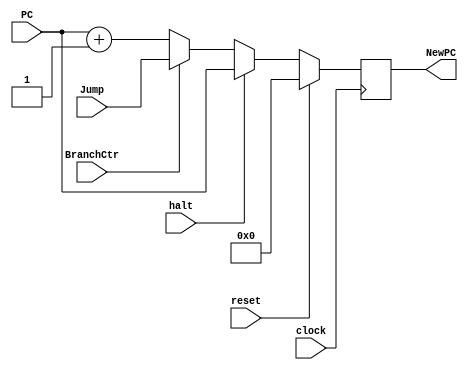
module PC(PC, NewPC, halt, BranchCtr, Jump, reset, clock);
	input [31:0] PC, Jump;
	input reset ,halt, BranchCtr, clock;
	output reg [31:0] NewPC;

	always @(posedge clock) begin
		if (halt == 1)
			NewPC = PC;
		else 
			if (BranchCtr == 1)
				NewPC = Jump;
			else
				NewPC = PC+1;
		if (reset == 1)
			NewPC = 0;
	end

endmodule